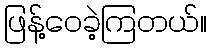
ဖြန့်ဝေခဲ့ကြတယ်။